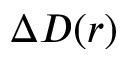
\Delta D ( r )